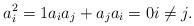
LaTeX: \begin{align*} a_i^2 = 1 a_ia_j + a_ja_i = 0 i \neq j.\end{align*}